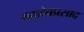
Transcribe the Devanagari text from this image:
महादेवप्रसाद